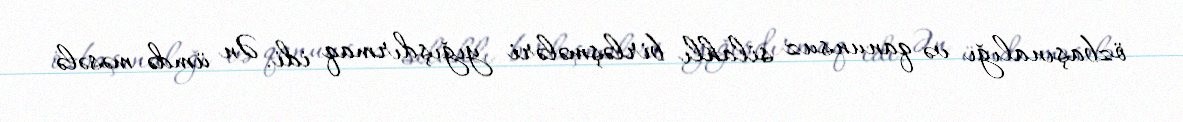
özbaşınalığı və qanunsuz silahlı birləşmələri yığışdırmaq idi. Ən ümdə məsələ